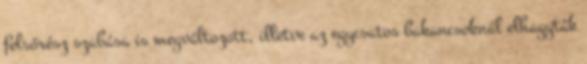
felsőrész szabása is megváltozott, illetve az egycsatos bakancsoknál elhagyták